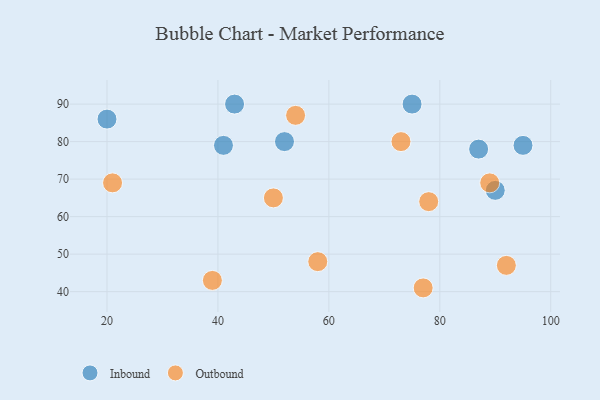
{"axis": {"x": "GDP", "y": "Life Expectancy"}, "legend": ["Inbound", "Outbound"], "data": [{"x": "43", "y": 90, "type": "Inbound"}, {"x": "52", "y": 80, "type": "Inbound"}, {"x": "41", "y": 79, "type": "Inbound"}, {"x": "90", "y": 67, "type": "Inbound"}, {"x": "87", "y": 78, "type": "Inbound"}, {"x": "95", "y": 79, "type": "Inbound"}, {"x": "75", "y": 90, "type": "Inbound"}, {"x": "20", "y": 86, "type": "Inbound"}, {"x": "77", "y": 41, "type": "Outbound"}, {"x": "78", "y": 64, "type": "Outbound"}, {"x": "50", "y": 65, "type": "Outbound"}, {"x": "54", "y": 87, "type": "Outbound"}, {"x": "73", "y": 80, "type": "Outbound"}, {"x": "39", "y": 43, "type": "Outbound"}, {"x": "21", "y": 69, "type": "Outbound"}, {"x": "92", "y": 47, "type": "Outbound"}, {"x": "58", "y": 48, "type": "Outbound"}, {"x": "89", "y": 69, "type": "Outbound"}]}